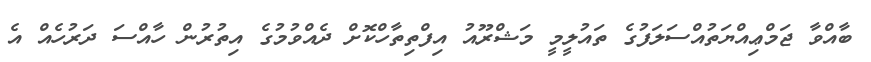
ބާއްވާ ޖަމްޢިއްޔަތުއްސަލަފުގެ ތައުލީމީ މަޝްރޫއު އިފްތިތާހްކޮށް ދެއްވުމުގެ އިތުރުން ހާއްސަ ދަރުހެއް އެ